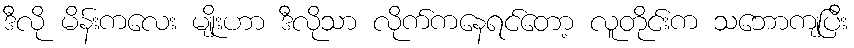
ဒီလို မိန်းကလေး မျိုးဟာ ဒီလိုသာ လိုက်ကနေရင်တော့ လူတိုင်းက သဘောကျပြီး